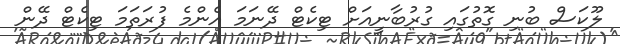
ލޫކަސް ބުނި ގޮތުގައި ގުރުބާނީއަށް ޓިކެޓް ދޭނަމަ އެންމެ ފުރަތަމަ ޓިކެޓް ދޭން